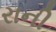
રાની